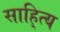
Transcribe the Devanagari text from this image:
साहि्त्य